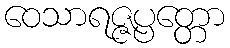
ဝေသာရဇ္ဇပ္ပတ္တော